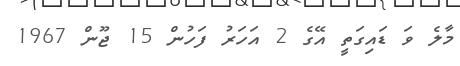
މާލެ ވަ ޑައިގަތީ އޭގެ 2 އަހަރު ފަހުން 15 ޖޫން 1967